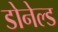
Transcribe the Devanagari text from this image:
डोनेल्ड